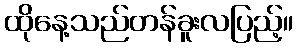
ထိုနေ့သည်တန်ခူးလပြည့်။